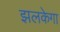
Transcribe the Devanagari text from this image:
झलकेगा